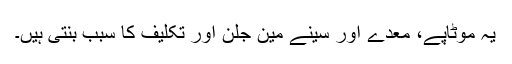
یہ موٹاپے، معدے اور سینے مین جلن اور تکلیف کا سبب بنتی ہیں۔